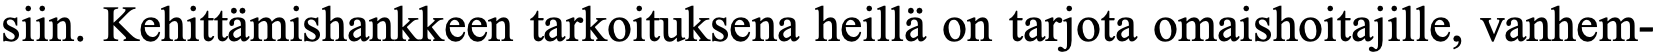
siin. Kehittämishankkeen tarkoituksena heillä on tarjota omaishoitajille, vanhem-